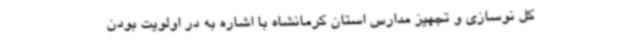
کل نوسازی و تجهیز مدارس استان کرمانشاه با اشاره به در اولویت بودن